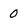
Character: 0